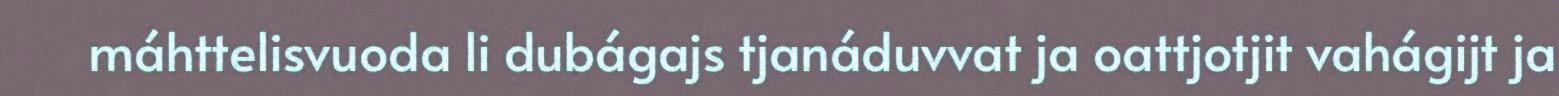
máhttelisvuoda li dubágajs tjanáduvvat ja oattjotjit vahágijt ja